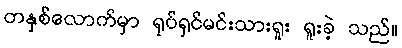
တနှစ်လောက်မှာ ရုပ်ရှင်မင်းသားရူး ရူးခဲ့ သည်။